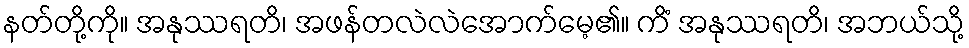
နတ်တို့ကို။ အနုဿရတိ၊ အဖန်တလဲလဲအောက်မေ့၏။ ကိံ အနုဿရတိ၊ အဘယ်သို့